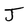
Character: J